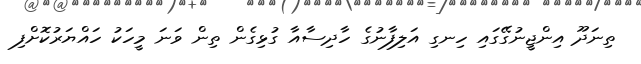
ތިނަދޫ އިންޖީނުގޭގައި ހިނގި އަލިފާނުގެ ހާދިސާއާ ގުޅިގެން ތިން ވަނަ މީހަކު ހައްޔަރުކޮށްފި